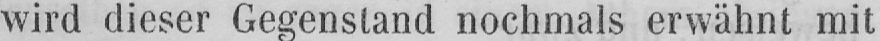
wird dieser Gegenstand nochmals erwähnt mit